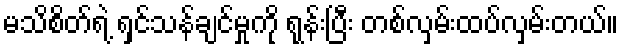
မသိစိတ်ရဲ့ ရှင်သန်ချင်မှုကို ရုန်းပြီး တစ်လှမ်းထပ်လှမ်းတယ်။